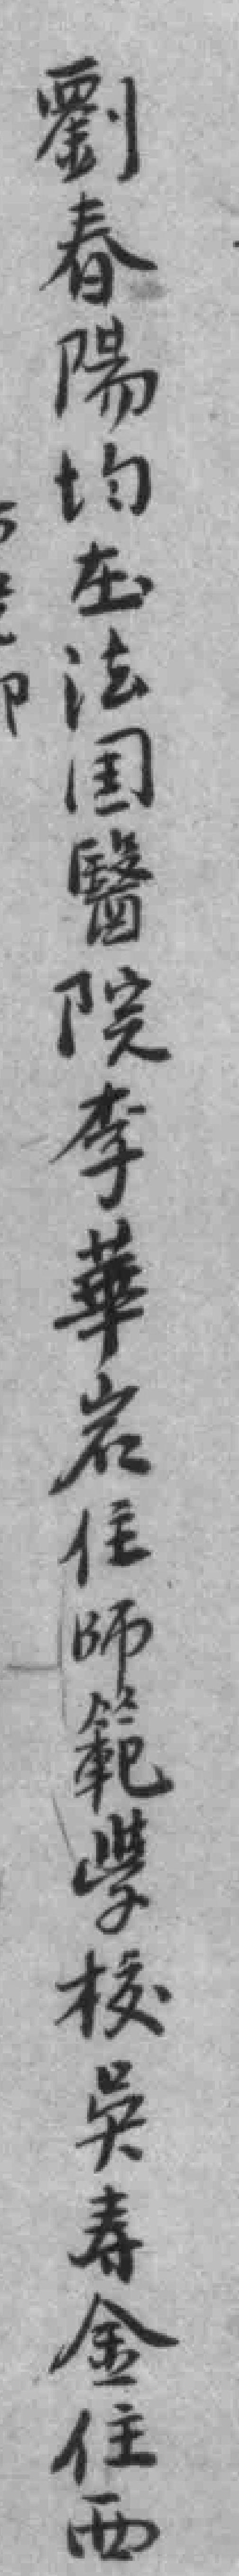
劉春陽均在法国醫院李華岩住師範學校吳寿金住西